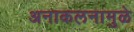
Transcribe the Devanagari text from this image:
अनाकलनामुळे